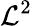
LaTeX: \mathcal{L}^{2}